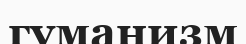
гуманизм